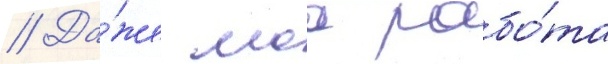
// Да́же моа рабо́та